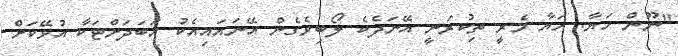
"ނޫން ހަޔާ. ހަޔާ މެރީ ތިކުރަނީ އޭނަދެކެ ލޯބިވެގެން އޭނައައިއެކު އަބަދަށްޓަކާ އުޅޭކަށް